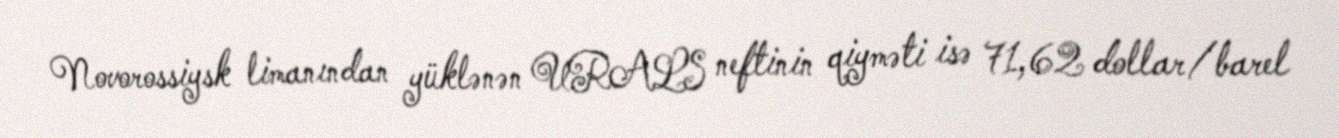
Novorossiysk limanından yüklənən URALS neftinin qiyməti isə 71,62 dollar/barel